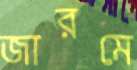
জারমে